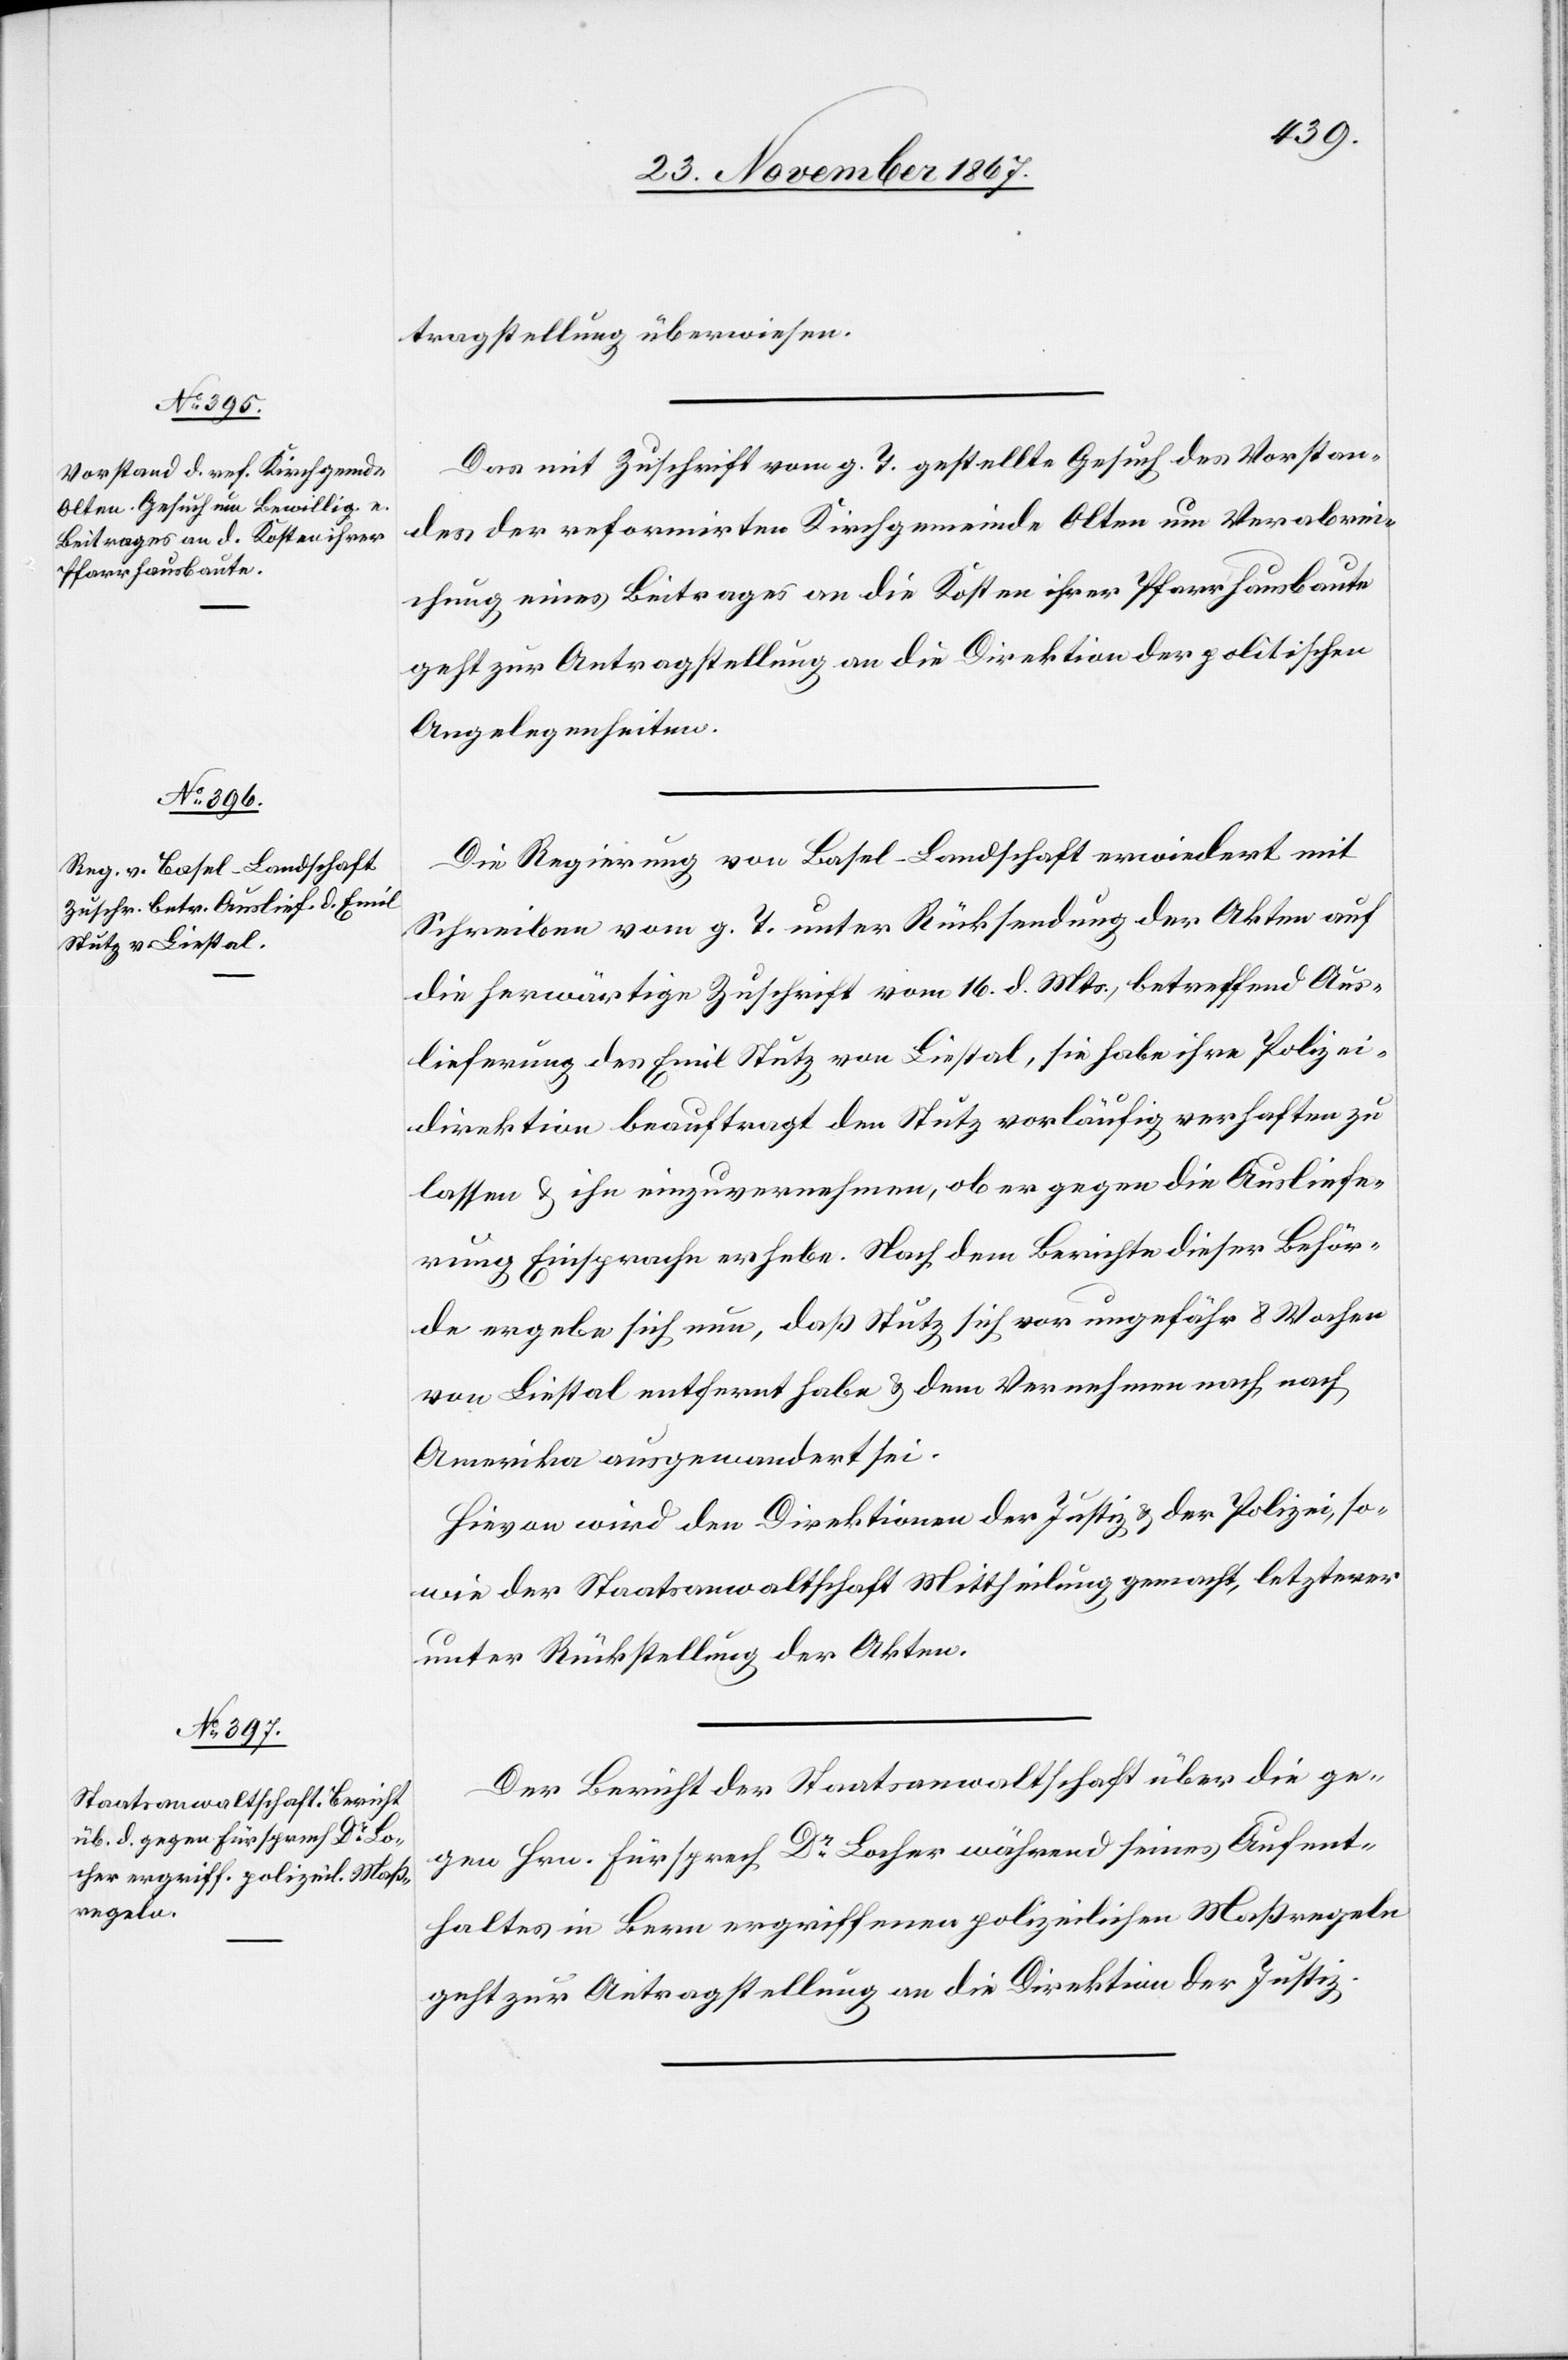
26. November 1867.]
tragstellung überwiesen.
Das mit Zuschrift vom g. T. gestellte Gesuch des Vorstan¬
des der reformirten Kirchgemeinde Olten um Verabrei¬
chung eines Beitrages an die Kosten ihrer Pfarrhausbaute
geht zur Antragstellung an die Direktion der politischen
Angelegenheiten.
Die Regierung von Basel-Landschaft erwiedert mit
Schreiben vom g. T. unter Rücksendung der Akten auf
die herwärtige Zuschrift vom 15. d. Mts., betreffend Aus¬
lieferung des Emil Stutz von Liestal, sie habe ihre Polizei¬
direktion beauftragt den Stutz vorläufig verhaften zu
lassen u. ihn einzuvernehmen, ob er gegen die Ausliefe¬
rung Einsprache erhebe. Nach dem Berichte dieser Behör¬
de ergebe sich nun, daß Stutz sich vor ungefähr 8 Wochen
von Liestal entfernt habe u. dem Vernehmen nach nach
Amerika ausgewandert sei.
Hievon wird den Direktionen der Justiz u. der Polizei, so¬
wie der Staatsanwaltschaft Mittheilung gemacht, letzterer
unter Rückstellung der Akten.
Der Bericht der Staatsanwaltschaft über die ge¬
gen Hrn. Fürsprech Dr Locher während seines Aufent¬
haltes in Bern ergriffenen polizeilichen Maßregeln
geht zur Antragstellung an die Direktion der Justiz.